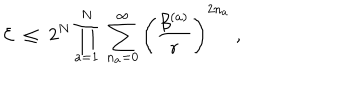
{ \cal E } \; \leq \; 2 ^ { N } \prod _ { a = 1 } ^ { N } \; \sum _ { n _ { a } = 0 } ^ { \infty } \left( \frac { \beta ^ { ( a ) } } { r } \right) ^ { 2 n _ { a } } \; ,